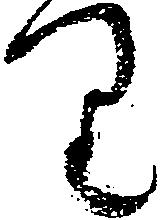
り